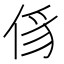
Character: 𠉠